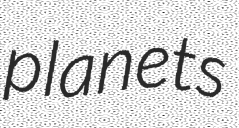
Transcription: planets